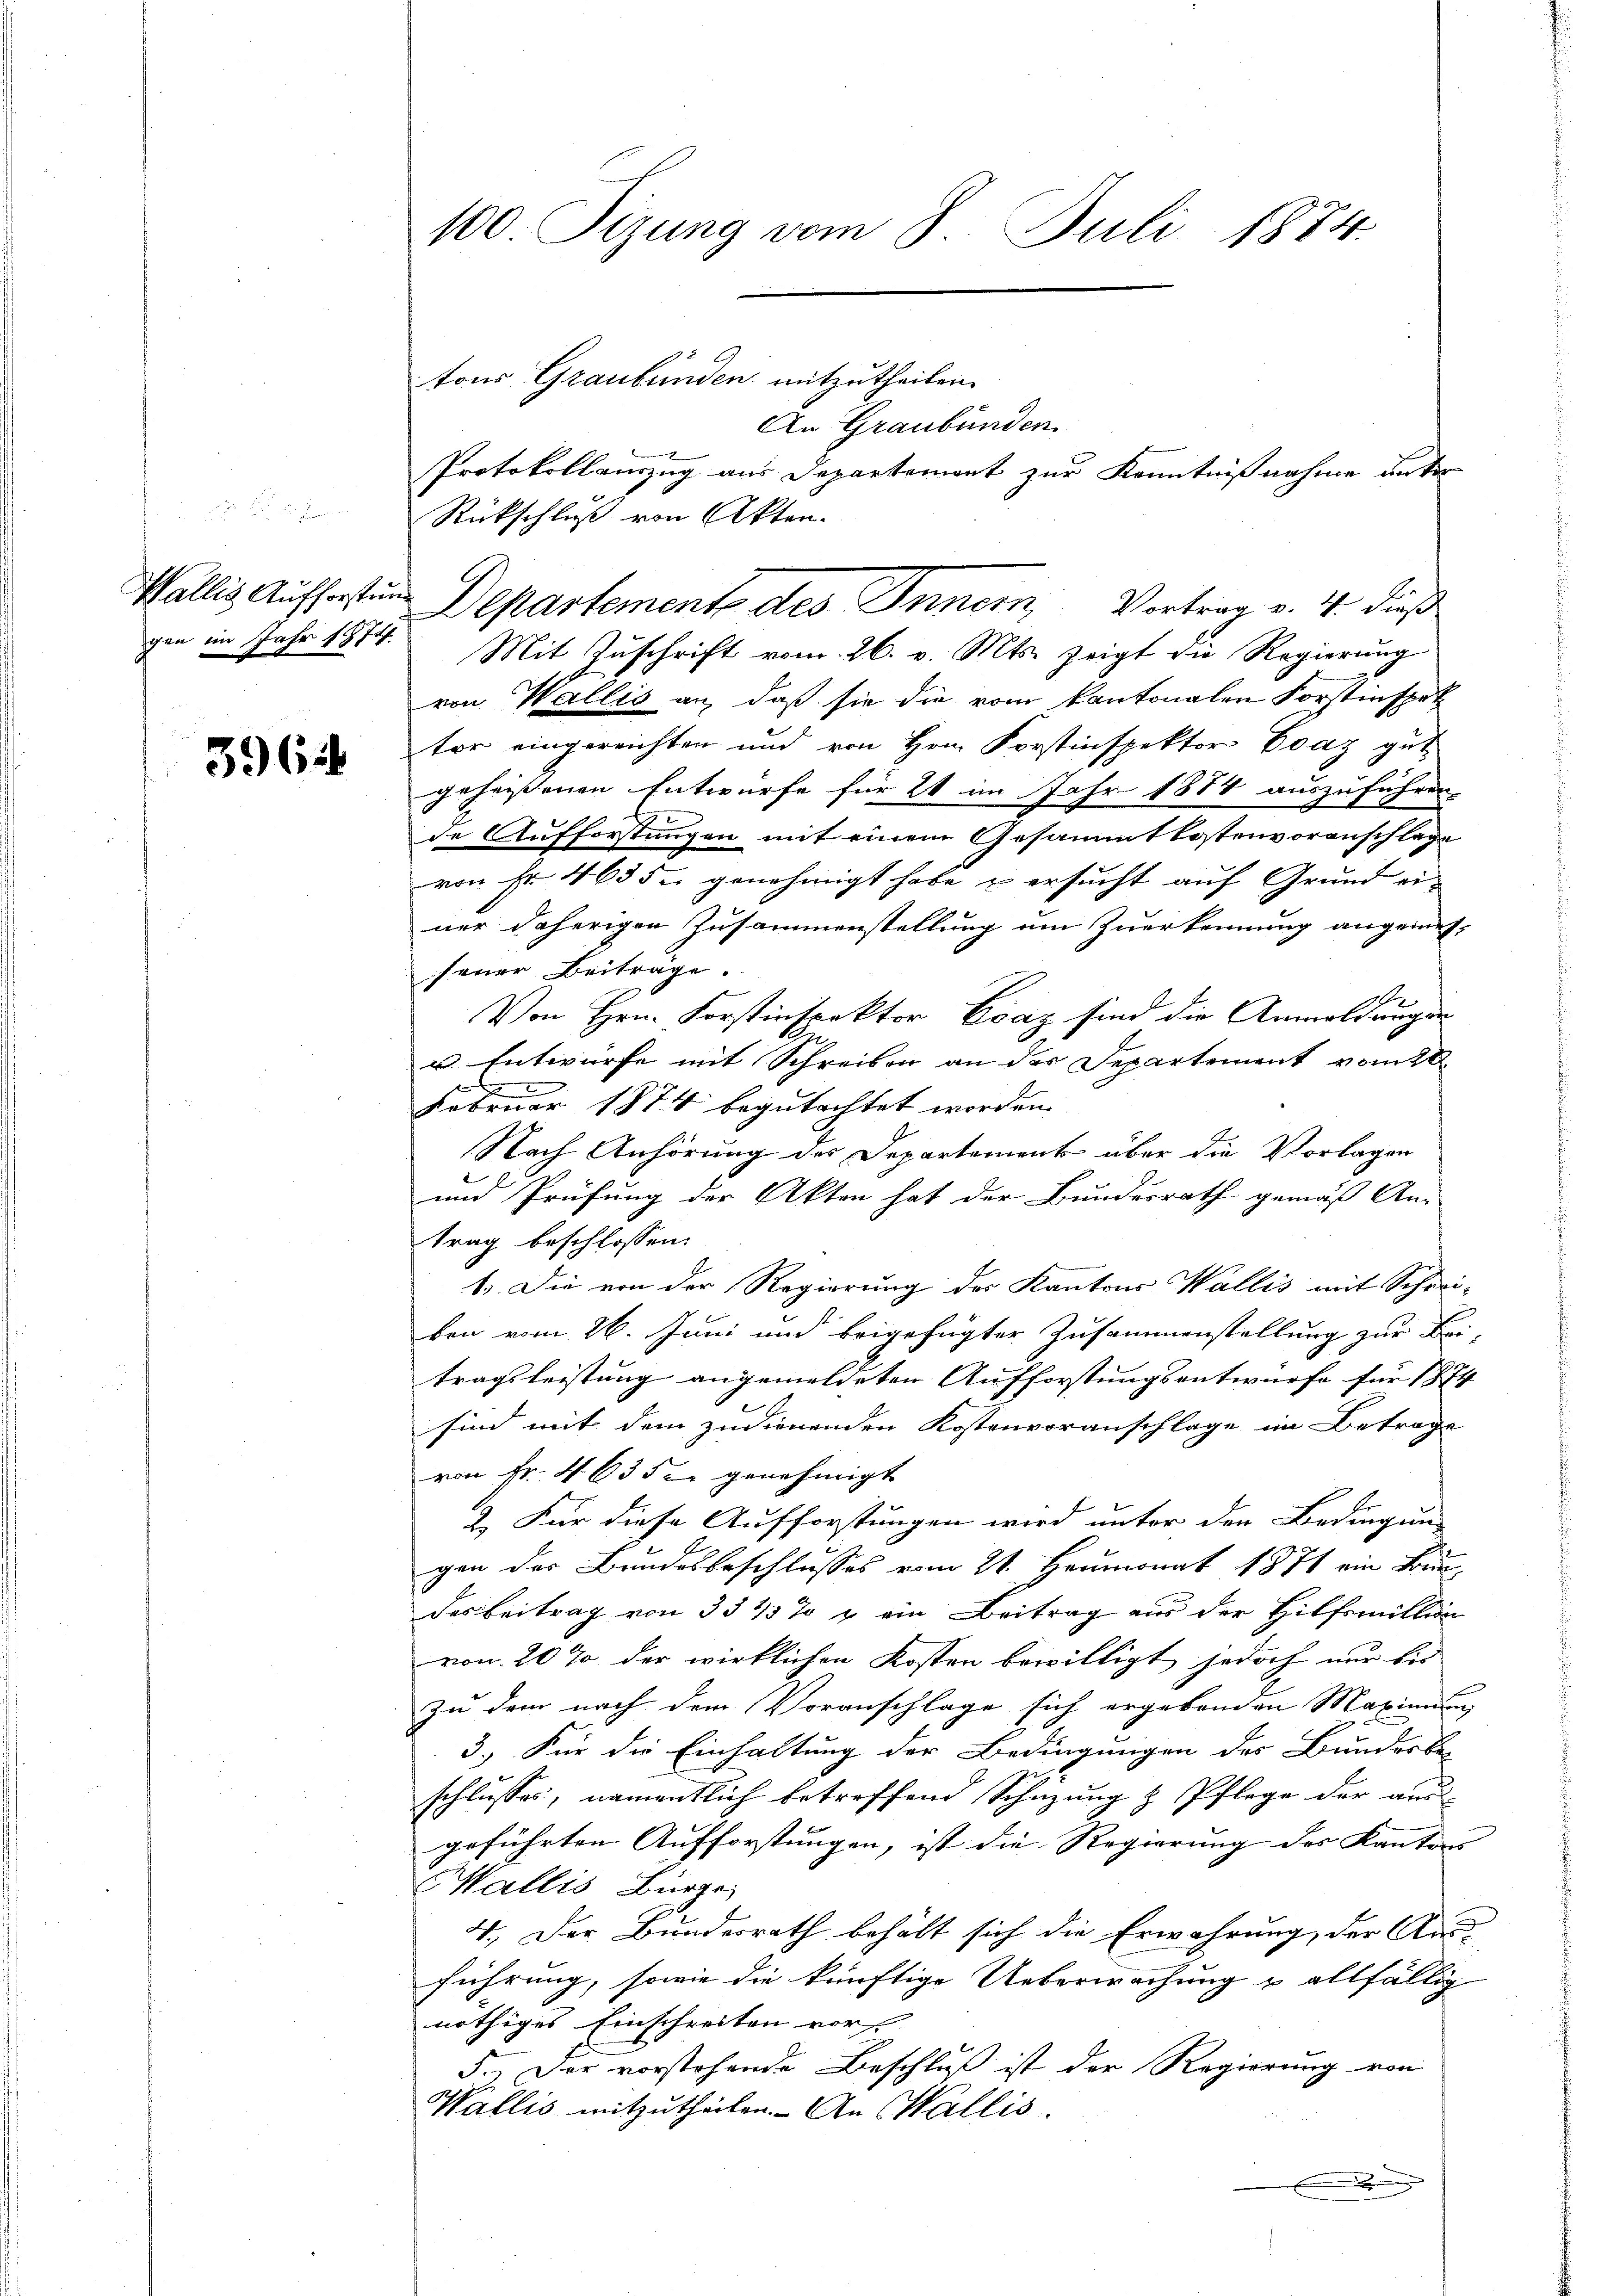
Wallis Aufforstun
gen im Jahr 1874.

3962

100 Tizung vom 8. Juli 1884.

tons Graubünden mitzutheilen.

Rückschluß von Akten.
Mit Zuschrift vom 26. v. Mts. zeigt die Regierung
von Wallis an, daß sie die vom Kantonalen Forstinspet
tor eingereichten und von Hrn. Forstinspektor Evaz gut
geheißenen Entwurfe für 24 im Jahr 1874 auszuführen.
de Aufforstungen mit einem Gesammtkostenvoranschlage
von Fr. 463 du genehmigt habe u ersucht auf Grund einer daherigen Zusammenstellung am Zuerkennung angemesfeuer Beitrage.
Von Hrn. Forstinspektor Evaz sind die Anwaldungen
u Entwurfe mit Schreiben an der Departement vom 28.
Kammen an
d
Februar 1874 begutachtet worden.
Nach Anhörung des Departement über die Vorlagen
und Prüfung der Akten hat der Bundesrath gemäß An-
trag beschlossen:
1. Die von der Regierung der Kantons Wallis mit Schreiben vom 26. Juni und beigefügter Zusammenstellung zur Bei-
tragsleistung angemeldeten Aufforstungsentwurfe für 1874
sind mit dem zudienenden Kostenvoranschlage im Betrage
von Fr. 46352 genehmigt |
2.) Für diese Aufforstungen wird unter den Bedingung
gen des Bundesbeschlusses vom 21. Heumonat 1871 ein Brunn
des Beitrag von 354 % & ein Beitrag aus der Hilfsmillion
von 20 % der wirklichen Kosten bewilligt, jedoch nur bis
zu dem nach dem Voranschlage sich ergebenden Maximen
3.) Für die Einhaltung der Bedingungen des Bundesbe-
schlusses, namentlich betreffend Schazung & Pflege der aus-
geführten Aufforstungen, ist die Regierung des Kantons |
Wallis Bürge
4.) Der Bundesrath behält sich die Erwährung, der Ans
führung, sowie die künftige Ueberwachung u allfällig
nöthiges Einschreiten vor
5.) Der vorstehende Beschluß ist der Regierung von
Wallis mitzutheilen. An Wallis
.

An Graubünden
Protokollauszug aus Departement zur Kenntnißnahme unter
Departement des Innern, Vortrag v. 4. dieß